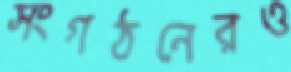
সংগঠনেরও